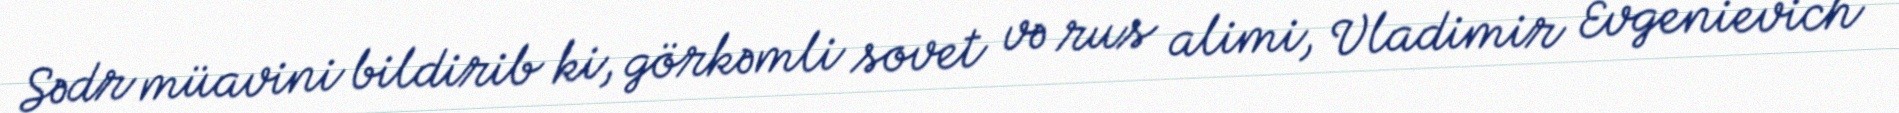
Sədr müavini bildirib ki, görkəmli sovet və rus alimi, Vladimir Evgenievich